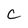
Character: C